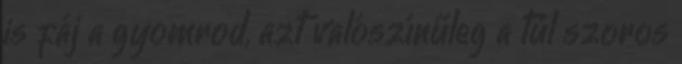
is fáj a gyomrod, azt valószínűleg a túl szoros